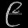
Digit: ၉